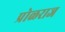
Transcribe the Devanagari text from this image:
प्रोळराज